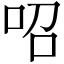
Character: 𠰉